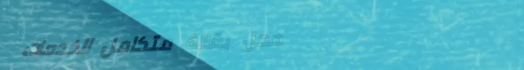
محل بقالة متكامل الخدمات